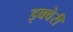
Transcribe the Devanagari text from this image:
इक्वेरी